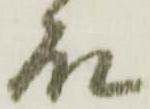
殿